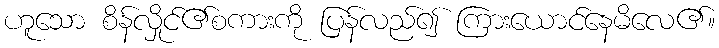
ဟူသော စိန်လှိုင်၏စကားကို ပြန်လည်၍ ကြားယောင်နေမိလေ၏။